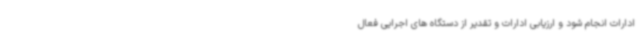
ادارات انجام شود و ارزیابی ادارات و تقدیر از دستگاه های اجرایی فعال